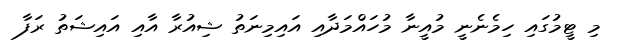
މި ޓީމުގައި ހިމެނެނީ މުއީނާ މުހައްމަދާއި އައިމިނަތު ޝިއުރާ އާއި އައިޝަތު ރަފާ